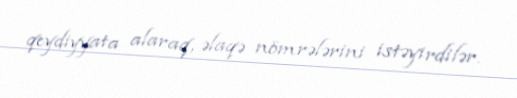
qeydiyyata alaraq, əlaqə nömrələrini istəyirdilər.